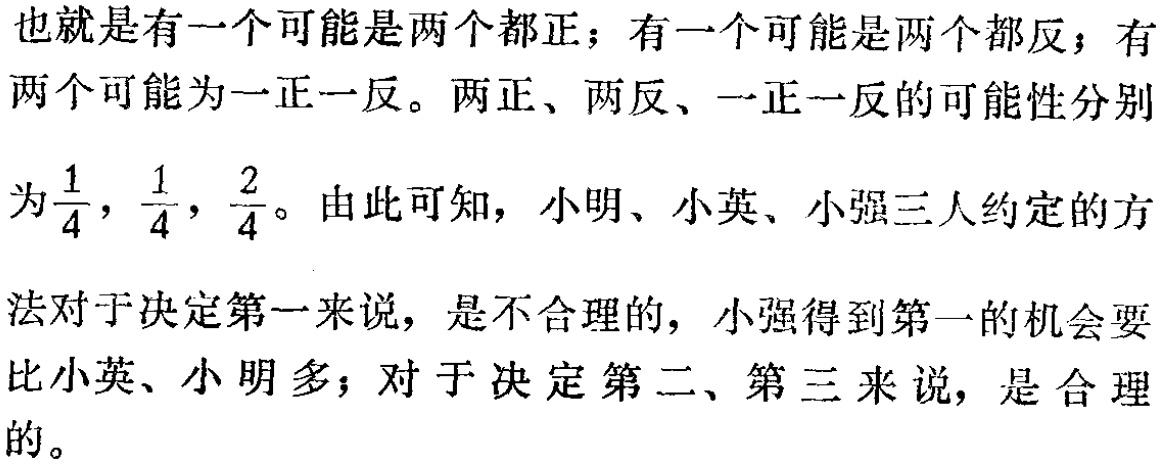
也就是有一个可能是两个都正；有一个可能是两个都反；有

两个可能为一正一反。两正、两反、一正一反的可能性分别

为$\frac{1}{4},\frac{1}{4},\frac{2}{4}$。由此可知，小明、小英、小强三人约定的方

法对于决定第一来说，是不合理的，小强得到第一的机会要

比小英、小明多；对于决定第二、第三来说，是合理

的。